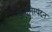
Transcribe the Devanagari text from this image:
अन्तःनिस्पंदन